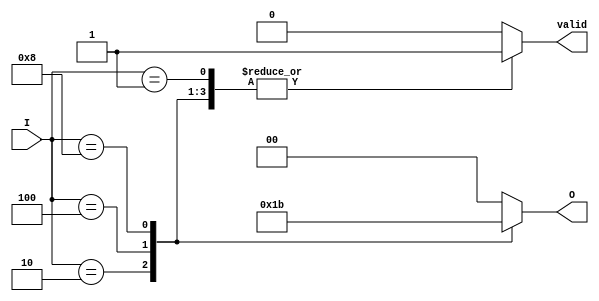
module one_of_n_encoder (
    input wire [3:0] I,       // 4 input lines
    output reg [1:0] O,       // 2-bit binary output
    output reg valid          // Valid output signal
);

    always @(*) begin
        // Default output values
        O = 2'b00; // Default output
        valid = 1'b0; // Default to invalid

        // Check for active inputs
        case (I)
            4'b0001: begin O = 2'b00; valid = 1'b1; end // I[0] active
            4'b0010: begin O = 2'b01; valid = 1'b1; end // I[1] active
            4'b0100: begin O = 2'b10; valid = 1'b1; end // I[2] active
            4'b1000: begin O = 2'b11; valid = 1'b1; end // I[3] active
            default: begin O = 2'b00; valid = 1'b0; end // Invalid state
        endcase
    end

endmodule